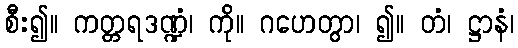
စီး၍။ ကတ္တရဒဏ္ဍံ၊ ကို။ ဂဟေတွာ၊ ၍။ တံ၊ ဋ္ဌာနံ၊